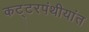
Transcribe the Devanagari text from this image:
कट्टरपंथीयांत